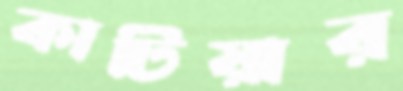
কাটিয়ার